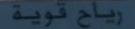
رباح قوية